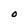
Character: O